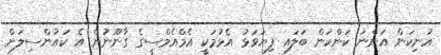
އުނިކަން އަންނަ ކަންކަން ބަލައި ފިޔަވަޅު އެޅުމަކީ އެމްއެމްސީގެ ގާނޫނުން އެ ކައުންސިލަށް